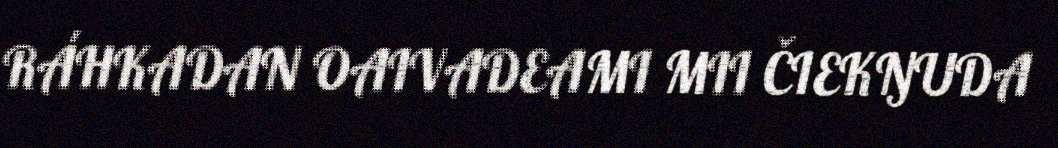
RÁHKADAN OAIVADEAMI MII ČIEKŊUDA